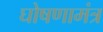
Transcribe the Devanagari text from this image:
घोषणामंत्र